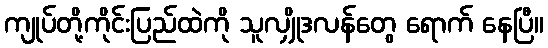
ကျုပ်တို့ကိုင်းပြည်ထဲကို သူလျှိုဒလန်တွေ ရောက် နေပြီ။